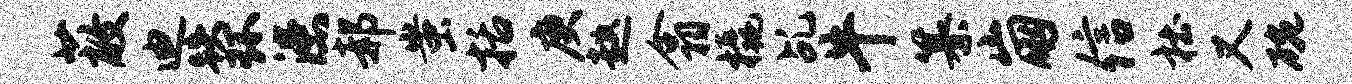
蔽迪跌环漶郝蚩括庚趑翕橇乩牛纂崩信杜又碗